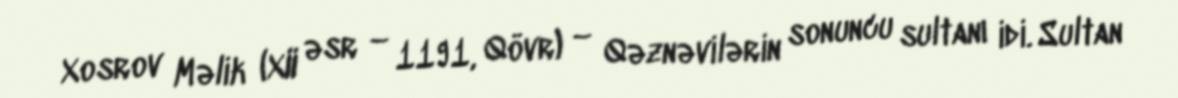
Xosrov Məlik (XII əsr – 1191, Qövr) – Qəznəvilərin sonuncu sultanı idi. Sultan